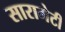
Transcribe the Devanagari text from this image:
सारामेटी